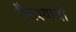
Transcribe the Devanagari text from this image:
नैराश्याची